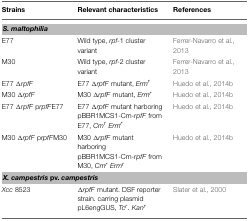
<table><thead><tr><td><b>Strains</b></td><td><b>Relevant characteristics</b></td><td><b>References</b></td></tr></thead><tbody><tr><td colspan="3"><b><i>S. maltophilia</i></b></td></tr><tr><td>E77</td><td>Wild type, <i>rpf</i>-1 cluster variant</td><td>Ferrer-Navarro et al., 2013</td></tr><tr><td>M30</td><td>Wild type, <i>rpf</i>-2 cluster variant</td><td>Ferrer-Navarro et al., 2013</td></tr><tr><td>E77 Δ<i>rpfF</i></td><td>E77 Δ<i>rpfF</i> mutant, <i>Erm</i><sup><i>r</i></sup></td><td>Huedo et al., 2014b</td></tr><tr><td>M30 Δ<i>rpfF</i></td><td>M30 Δ<i>rpfF</i> mutant, <i>Erm</i><sup><i>r</i></sup></td><td>Huedo et al., 2014b</td></tr><tr><td>E77 Δ<i>rpfF</i> p<i>rpfF</i>E77</td><td>E77 Δ<i>rpfF</i> mutant harboring pBBR1MCS1-Cm-<i>rpfF</i> from E77, <i>Cm</i><sup><i>r</i></sup><i>Erm</i><sup><i>r</i></sup></td><td>Huedo et al., 2014b</td></tr><tr><td>M30 Δ<i>rpfF</i> p<i>rpfF</i>M30</td><td>M30 Δ<i>rpfF</i> mutant harboring pBBR1MCS1-Cm-<i>rpfF</i> from M30, <i>Cm</i><sup><i>r</i></sup><i>Erm</i><sup><i>r</i></sup></td><td>Huedo et al., 2014b</td></tr><tr><td colspan="3"><b><i>X. campestris</i> pv</b>. <b><i>campestris</i></b></td></tr><tr><td><i>Xcc</i> 8523</td><td>Δ<i>rpfF</i> mutant. DSF reporter strain. carring plasmid pL6engGUS, <i>Tc</i><sup><i>r</i></sup><i>. Kan</i><sup><i>r</i></sup></td><td>Slater et al., 2000</td></tr></tbody></table>